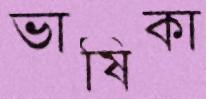
ভাষিকা